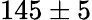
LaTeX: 145\pm 5